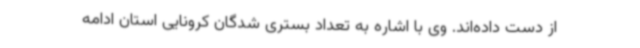
از دست داده‌اند. وی با اشاره به تعداد بستری شدگان کرونایی استان ادامه